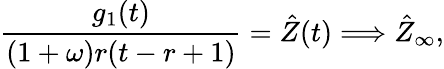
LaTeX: \frac{g_{1}(t)}{(1+\omega)r(t-r+1)}=\hat{Z}(t)\Longrightarrow\hat{Z}_{\infty},